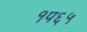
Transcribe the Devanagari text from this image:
१प६५